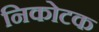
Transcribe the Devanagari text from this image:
निकोटक